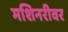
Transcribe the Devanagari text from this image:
मशिनरीवर